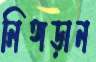
নিঙ্গড়ান